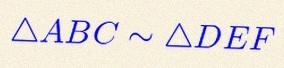
\triangle ABC\sim\triangle DEF